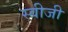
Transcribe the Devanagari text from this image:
स्वीजी